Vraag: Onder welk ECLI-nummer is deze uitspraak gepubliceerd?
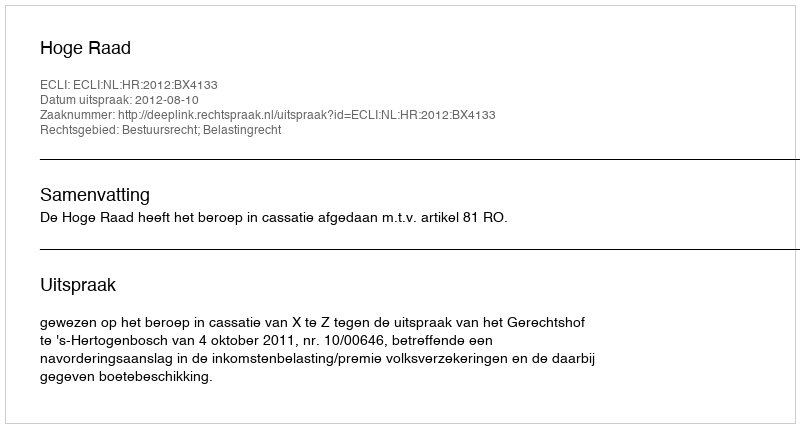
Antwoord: ECLI:NL:HR:2012:BX4133